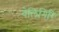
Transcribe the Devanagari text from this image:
वेलिंगिरि